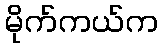
မိုက်ကယ်က